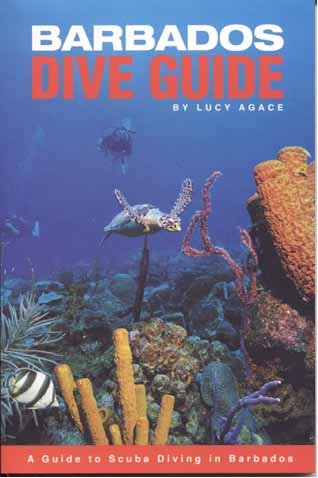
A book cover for Barbados Dive Guide; Lucy Agace; Travel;